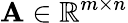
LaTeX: \mathbf{A}\in\mathbb{R}^{m\times n}